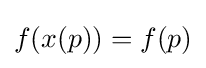
f(x(p))=f(p)